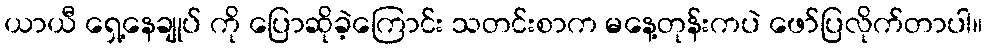
ယာယီ ရှေ့နေချုပ် ကို ပြောဆိုခဲ့ကြောင်း သတင်းစာက မနေ့တုန်းကပဲ ဖော်ပြလိုက်တာပါ။